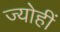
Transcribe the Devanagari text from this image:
ज्योहीं